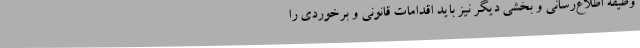
وظیفه اطلاع‌رسانی و بخشی دیگر نیز باید اقدامات قانونی و برخوردی را